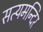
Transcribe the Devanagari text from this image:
सत्यमन्दिर